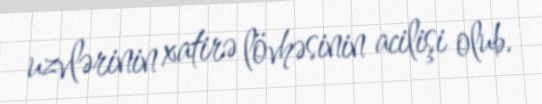
uzvlərinin xatirə lövhəsinin acilişi olub.